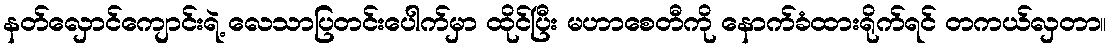
နတ်လှောင်ကျောင်းရဲ့ လေသာပြတင်းပေါက်မှာ ထိုင်ပြီး မဟာစေတီကို နောက်ခံထားရိုက်ရင် တကယ်လှတာ။